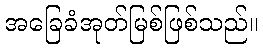
အခြေခံအုတ်မြစ်ဖြစ်သည်။